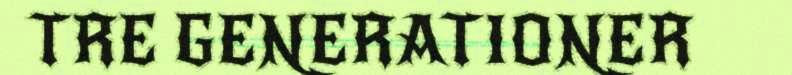
TRE GENERATIONER